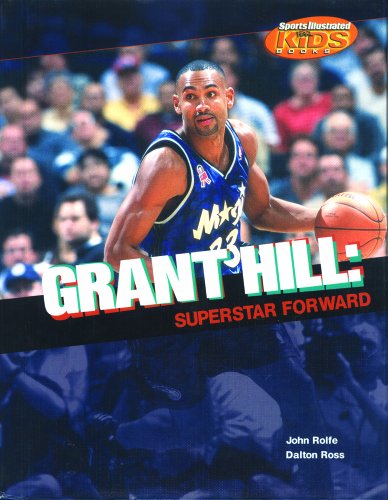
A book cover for Grant Hill: Superstar Forward (Sports Illustrated for Kids Books); John Rolfe; Teen & Young Adult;